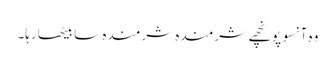
وہ آنسو پونچھے شرمندہ شرمندہ سا بیٹھا رہا۔